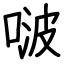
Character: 啵